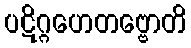
ပဋိဂ္ဂဟေတဗ္ဗောတိ